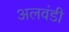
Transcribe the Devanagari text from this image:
अलवंडी